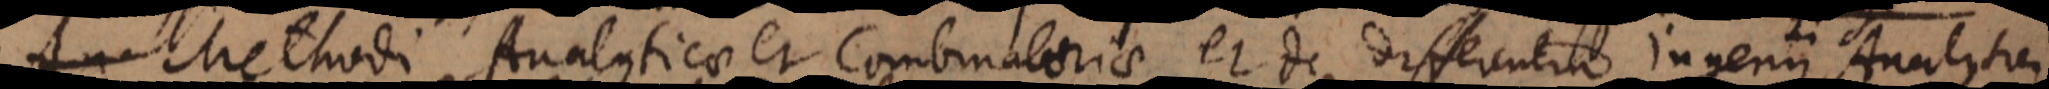
a Methodi Analyticae et Combinatoriae, et de differentia ingenii Analytici